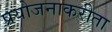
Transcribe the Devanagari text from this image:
प्रयोजनाकरीता